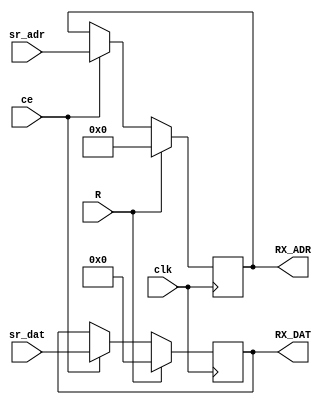
`timescale 1ns / 1ps

module BUF32bit(
    input ce,
    input [22:0] sr_dat,
    input [7:0] sr_adr,
    input clk,
    input R,
    output reg [22:0] RX_DAT = 0,
    output reg [7:0] RX_ADR = 0
    );


always @(posedge clk) begin

	RX_DAT <= (R) ? 0 : (ce) ? sr_dat : RX_DAT;
	RX_ADR <= (R) ? 0 : (ce) ? sr_adr : RX_ADR;

	end


endmodule